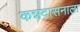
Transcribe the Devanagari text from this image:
कन्नदासनाला